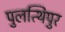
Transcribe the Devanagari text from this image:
पुलत्थिपुर